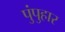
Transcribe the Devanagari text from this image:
पुंपुहार